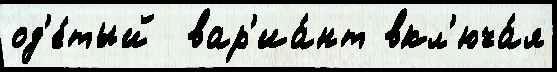
од'е́тый  вар'иа́нт вкл'юча́я